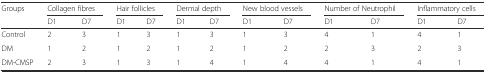
| <ROWSPAN=2> Groups | <COLSPAN=2> Collagen fibres | <COLSPAN=2> Hair follicles | <COLSPAN=2> Dermal depth | <COLSPAN=2> New blood vessels | <COLSPAN=2> Number of Neutrophil | <COLSPAN=2> Inflammatory cells |
 | D1 | D7 | D1 | D7 | D1 | D7 | D1 | D7 | D1 | D7 | D1 | D7 |
 | --- | --- | --- | --- | --- | --- | --- | --- | --- | --- | --- | --- | --- |
 | Control | 2 | 3 | 1 | 3 | 1 | 3 | 1 | 3 | 4 | 1 | 4 | 1 |
 | DM | 1 | 2 | 1 | 2 | 1 | 2 | 1 | 2 | 2 | 3 | 2 | 3 |
 | DM-CMSP | 2 | 3 | 1 | 3 | 1 | 4 | 1 | 4 | 4 | 1 | 4 | 1 |